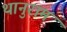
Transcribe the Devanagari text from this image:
थानुराम